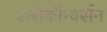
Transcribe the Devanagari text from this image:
सरोकॉन्वर्सन